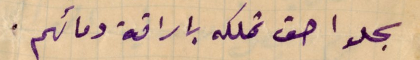
سجلوا حق تملكه باراقة دمائهم.